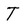
Character: T